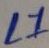
Text: L1